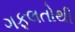
ગફલતોથી